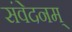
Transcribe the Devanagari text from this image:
संवेदनम्‌